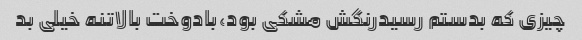
چیزی که بدستم رسیدرنگش مشکی بود،بادوخت بالاتنه خیلی بد